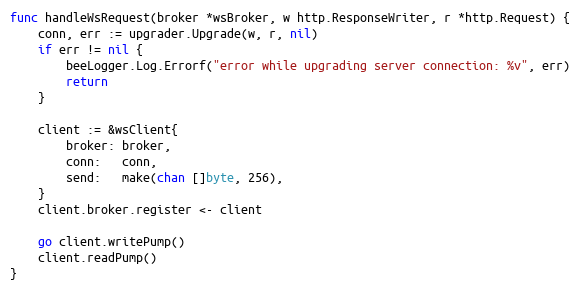
Language: Go
func handleWsRequest(broker *wsBroker, w http.ResponseWriter, r *http.Request) {
	conn, err := upgrader.Upgrade(w, r, nil)
	if err != nil {
		beeLogger.Log.Errorf("error while upgrading server connection: %v", err)
		return
	}

	client := &wsClient{
		broker: broker,
		conn:   conn,
		send:   make(chan []byte, 256),
	}
	client.broker.register <- client

	go client.writePump()
	client.readPump()
}